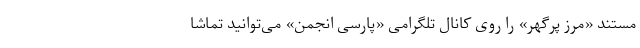
مستند «مرز پُر‌گهر» را روی کانال تلگرامی «پارسی انجمن» می‌توانید تماشا